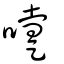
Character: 嚔